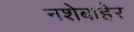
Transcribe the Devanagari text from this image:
नशेबाहेर